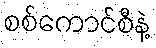
စစ်ကောင်စီနဲ့